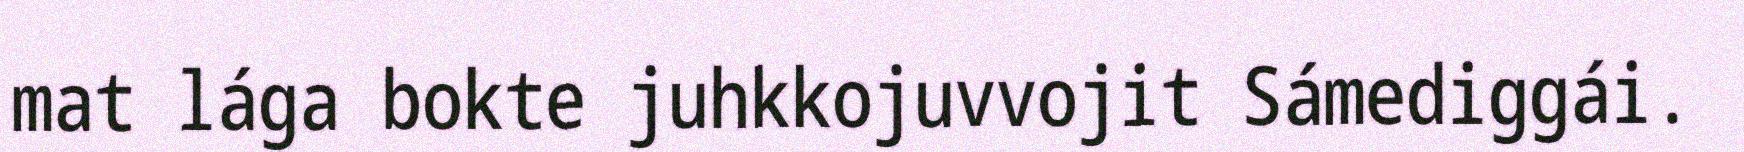
mat lága bokte juhkkojuvvojit Sámediggái.